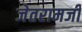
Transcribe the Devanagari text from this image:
जेतरामजी